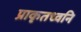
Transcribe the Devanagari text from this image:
प्राकृतध्वनि